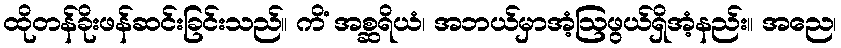
ထိုတန်ခိုးဖန်ဆင်းခြင်းသည်။ ကိံ အစ္ဆရိယံ၊ အဘယ်မှာအံ့ဩဖွယ်ရှိအံ့နည်း။ အညေ၊